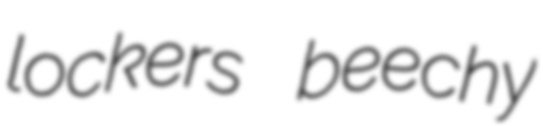
lockers beechy